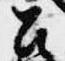
召